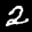
Label: 2